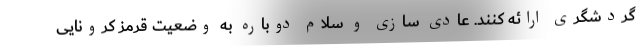
گردشگری ارائه کنند. عادی سازی و سلام دوباره به وضعیت قرمز کرونایی